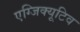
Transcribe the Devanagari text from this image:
एग्जिक्यूटिव